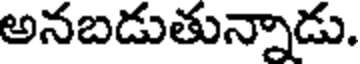
అనబడుతున్నాడు.